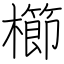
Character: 櫛